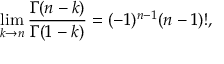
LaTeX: \operatorname * { l i m } _ { k \rightarrow n } \frac { \Gamma ( n - k ) } { \Gamma ( 1 - k ) } = ( - 1 ) ^ { n - 1 } ( n - 1 ) ! ,